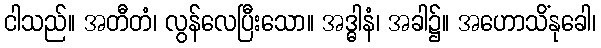
ငါသည်။ အတီတံ၊ လွန်လေပြီးသော။ အဒ္ဓါနံ၊ အခါ၌။ အဟောသိံနုခေါ၊